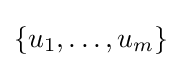
\{u_{1},\ldots ,u_{m}\}